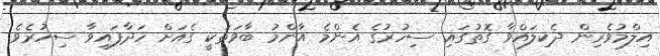
އިލްމުވެރިން ދެކިލައްވާ ގޮތުގައި ސިހުރުގެ އެންމެ އާންމު ބާވަތަކީ ގެއަށް ހަދާފައިވާ ސިހުރެވެ.